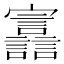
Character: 𫴪